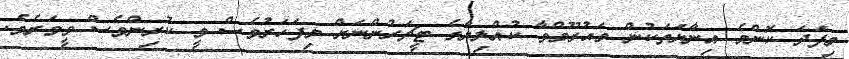
މިފަދަ ކޮންމެ އިނާޔަތަކުން މަޙުރޫމްވާ ކުއްލިޔާގެ ޓީޗަރުންނަށް މިފަހަރުވެސް ވީ ކުރިންވެސް ވީވަރެވެ.